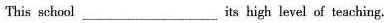
This school___its high level of teaching.